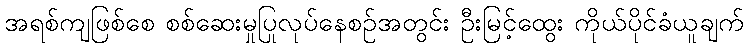
အရစ်ကျဖြစ်စေ စစ်ဆေးမှုပြုလုပ်နေစဉ်အတွင်း ဦးမြင့်ထွေး ကိုယ်ပိုင်ခံယူချက်